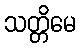
သတ္တိမေ